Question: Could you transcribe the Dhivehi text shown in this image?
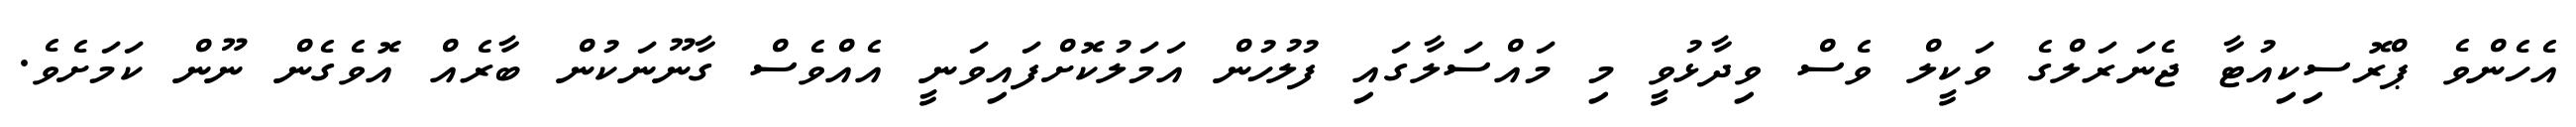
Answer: އެހެންވެ ޕްރޮސިކިއުޓާ ޖެނަރަލްގެ ވަކީލް ވެސް ވިދާޅުވީ މި މައްސަލާގައި ފުލުހުން އަމަލުކޮށްފައިވަނީ އެއްވެސް ގާނޫނަކުން ބާރެއް އޮވެގެން ނޫން ކަމަށެވެ.